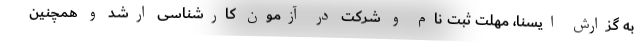
به گزارش ایسنا، مهلت ثبت نام و شرکت در آزمون کارشناسی ارشد و همچنین